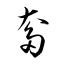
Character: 奓